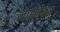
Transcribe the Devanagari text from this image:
लाइमैक्स